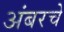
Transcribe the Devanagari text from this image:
अंबरचे